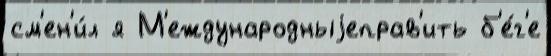
см'ен'и́л я М'еждународныjеправ'ить б'е́г'е